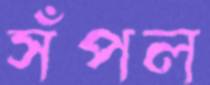
সঁপল